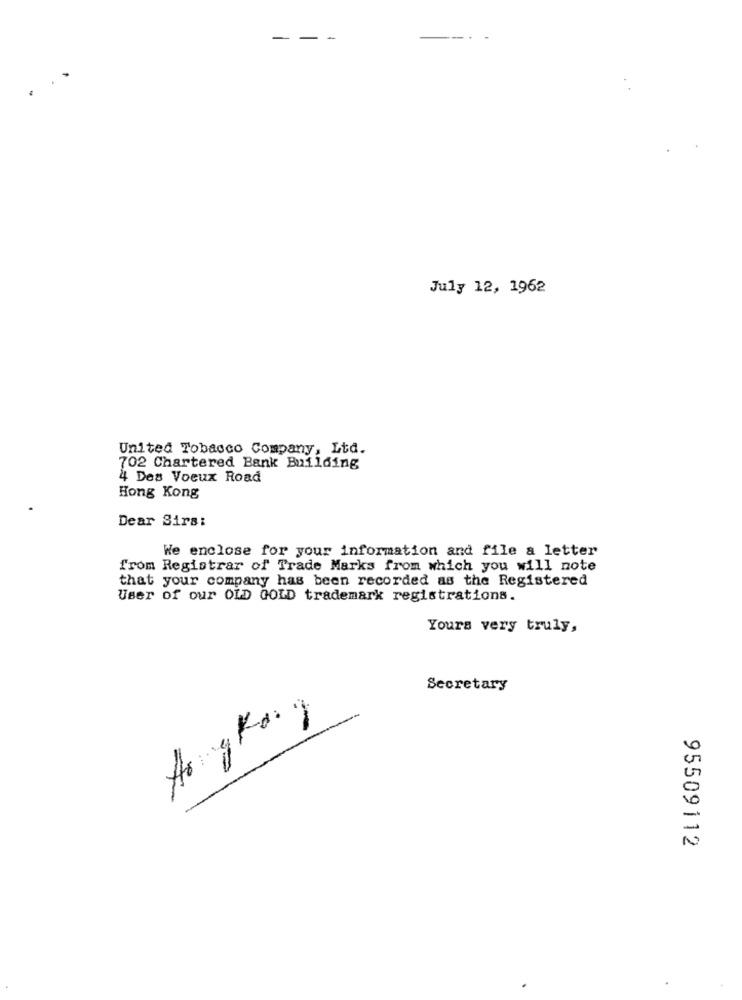
--
-
--
July 12, 1962
United Tobacco Company, Ltd.
702 Chartered Bank Building
4 Des Voeux Road
Hong Kong
Dear Sirs:
We enclose for your information and file a letter
from Registrar of Trade Marks from which you will note
that your company has been recorded as the Registered
User of our OLD GOLD trademark registrations.
Yours very truly,
Secretary
0
-
95509112